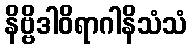
နိဗ္ဗိဒါဝိရာဂါနိသံသံ